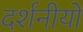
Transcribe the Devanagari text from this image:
दर्शनीयों